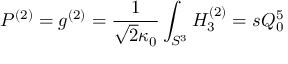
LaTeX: P ^ { ( 2 ) } = g ^ { ( 2 ) } = \frac { 1 } { \sqrt { 2 } \kappa _ { 0 } } \int _ { S ^ { 3 } } H _ { 3 } ^ { ( 2 ) } = s Q _ { 0 } ^ { 5 }